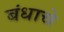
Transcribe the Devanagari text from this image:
बंधाचे